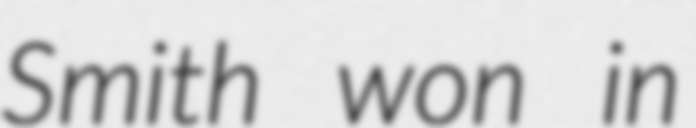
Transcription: Smith won in